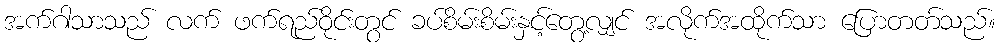
အက်ဂါသာသည် လက် ဖက်ရည်ဝိုင်းတွင် ခပ်စိမ်းစိမ်းနှင့်တွေ့လျှင် အလိုက်အထိုက်သာ ပြောတတ်သည်။